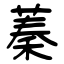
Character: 蓁